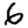
Digit: 6